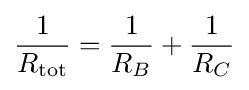
{{1 \over R_{\rm {tot}}}={1 \over R_{B}}+{1 \over R_{C}}}